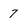
Character: 7